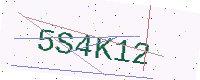
Text: 5S4K12